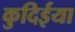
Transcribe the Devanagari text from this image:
कुदिईया